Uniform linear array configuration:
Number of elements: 12
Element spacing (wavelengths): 0.75
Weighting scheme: hann
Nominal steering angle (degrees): -15
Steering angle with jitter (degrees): -15.214
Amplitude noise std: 0.05
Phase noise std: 0.05

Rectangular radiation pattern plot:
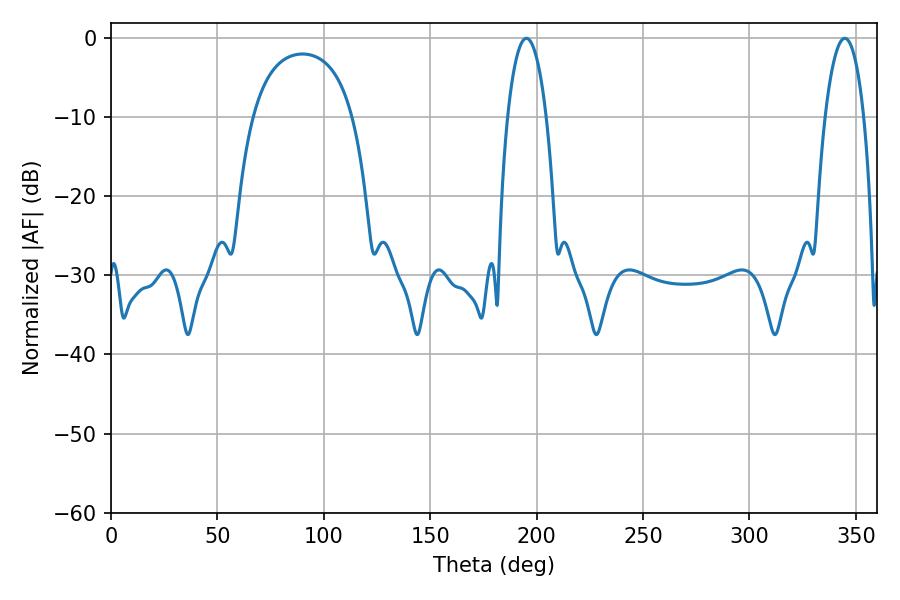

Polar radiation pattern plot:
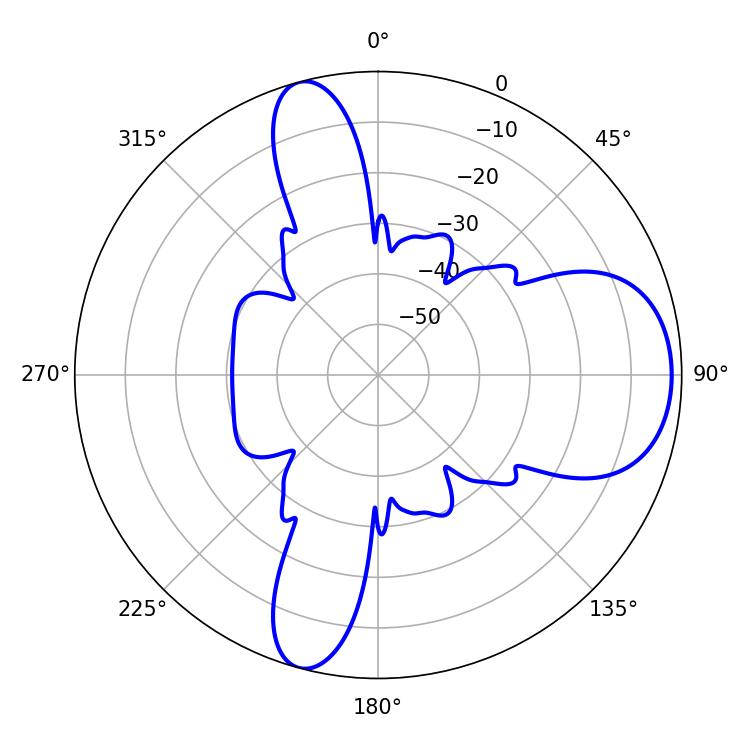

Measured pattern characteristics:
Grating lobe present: TRUE
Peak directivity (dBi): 9.041
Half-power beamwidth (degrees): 10.26
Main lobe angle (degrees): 195.12